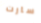
سارت